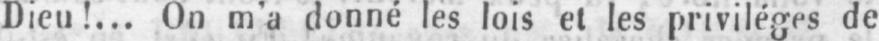
Dieu!... On m’a donné les lois et les privilèges de